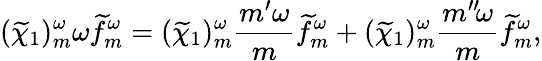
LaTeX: (\widetilde{\chi}_{1})_{m}^{\omega}\omega\widetilde{f}_{m}^{\omega}=(\widetilde{\chi}_{1})_{m}^{\omega}\frac{m^{\prime}\omega}{m}\widetilde{f}_{m}^{\omega}+(\widetilde{\chi}_{1})_{m}^{\omega}\frac{m^{\prime\prime}\! \omega}{m}\widetilde{f}_{m}^{\omega},